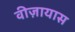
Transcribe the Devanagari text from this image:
वीज़ायास